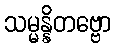
သမ္မန္နိတဗ္ဗော